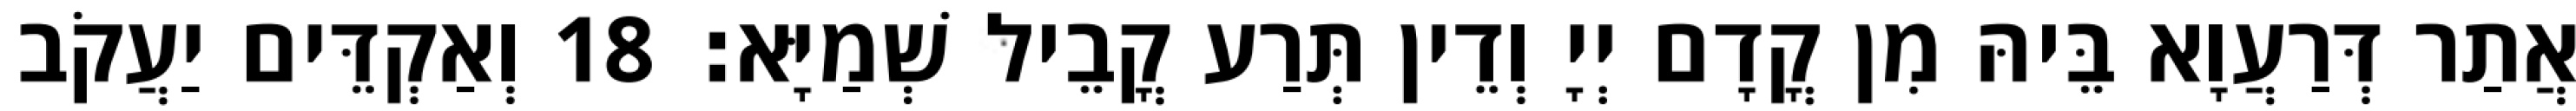
אֲתַר דְּרַעֲוָא בֵּיהּ מִן קֳדָם יְיָ וְדֵין תְּרַע קֳבֵיל שְׁמַיָּא׃ 18 וְאַקְדֵּים יַעֲקֹב